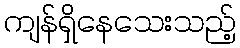
ကျန်ရှိနေသေးသည့်